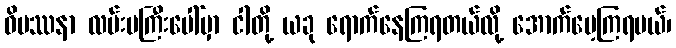
ဝိပဿနာ လမ်းမကြီးပေါ်မှာ ငါတို့ ယခု ရောက်နေကြရတယ်လို့ အောက်မေ့ကြရမယ်၊